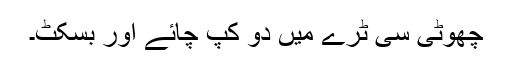
چھوٹی سی ٹرے میں دو کپ چائے اور بسکٹ۔